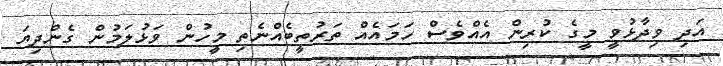
އަދި ވިދާޅުވީ މީގެ ކުރިން އެއްވެސް ހަމައެއް ތަރުތީބެއްނެތި މީހުން ވަޅުލަމުން ގެންދިޔަ